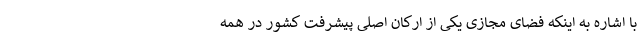
با اشاره به اینکه فضای مجازی یکی از ارکان اصلی پیشرفت کشور در همه